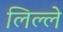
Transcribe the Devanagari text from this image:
लिल्ले